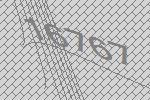
16767